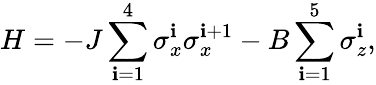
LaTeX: H=-J\sum_{\mathbf{i}=1}^{4}\sigma_{x}^{\mathbf{i}}\sigma_{x}^{\mathbf{i}+1}-B\sum_{\mathbf{i}=1}^{5}\sigma_{z}^{\mathbf{i}},